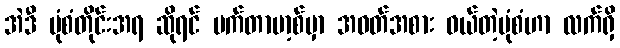
အဲဒီ ပုံစံတိုင်းအရ ဆိုရင် မက်တာဗာ့စ်မှာ အဝတ်အစား ဝယ်တဲ့ပုံစံဟာ လက်ရှိ